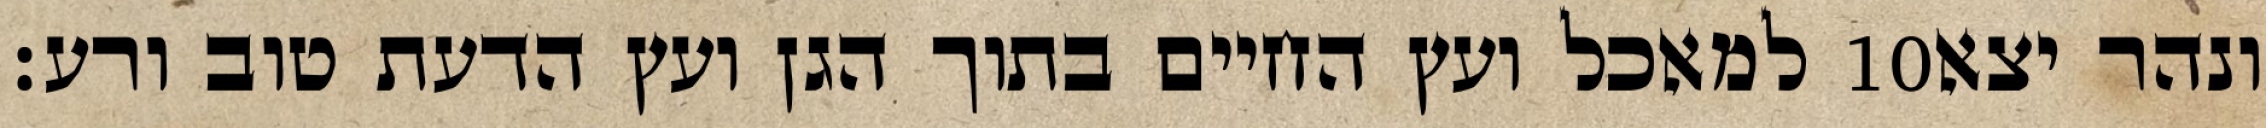
למאכל ועץ החיים בתוך הגן ועץ הדעת טוב ורע׃ ‎10‏ ונהר יצא